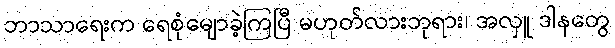
ဘာသာရေးက ရေစုံမျောခဲ့ကြပြီ မဟုတ်လားဘုရား၊ အလှူ ဒါနတွေ